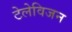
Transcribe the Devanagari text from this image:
टेलेविजन